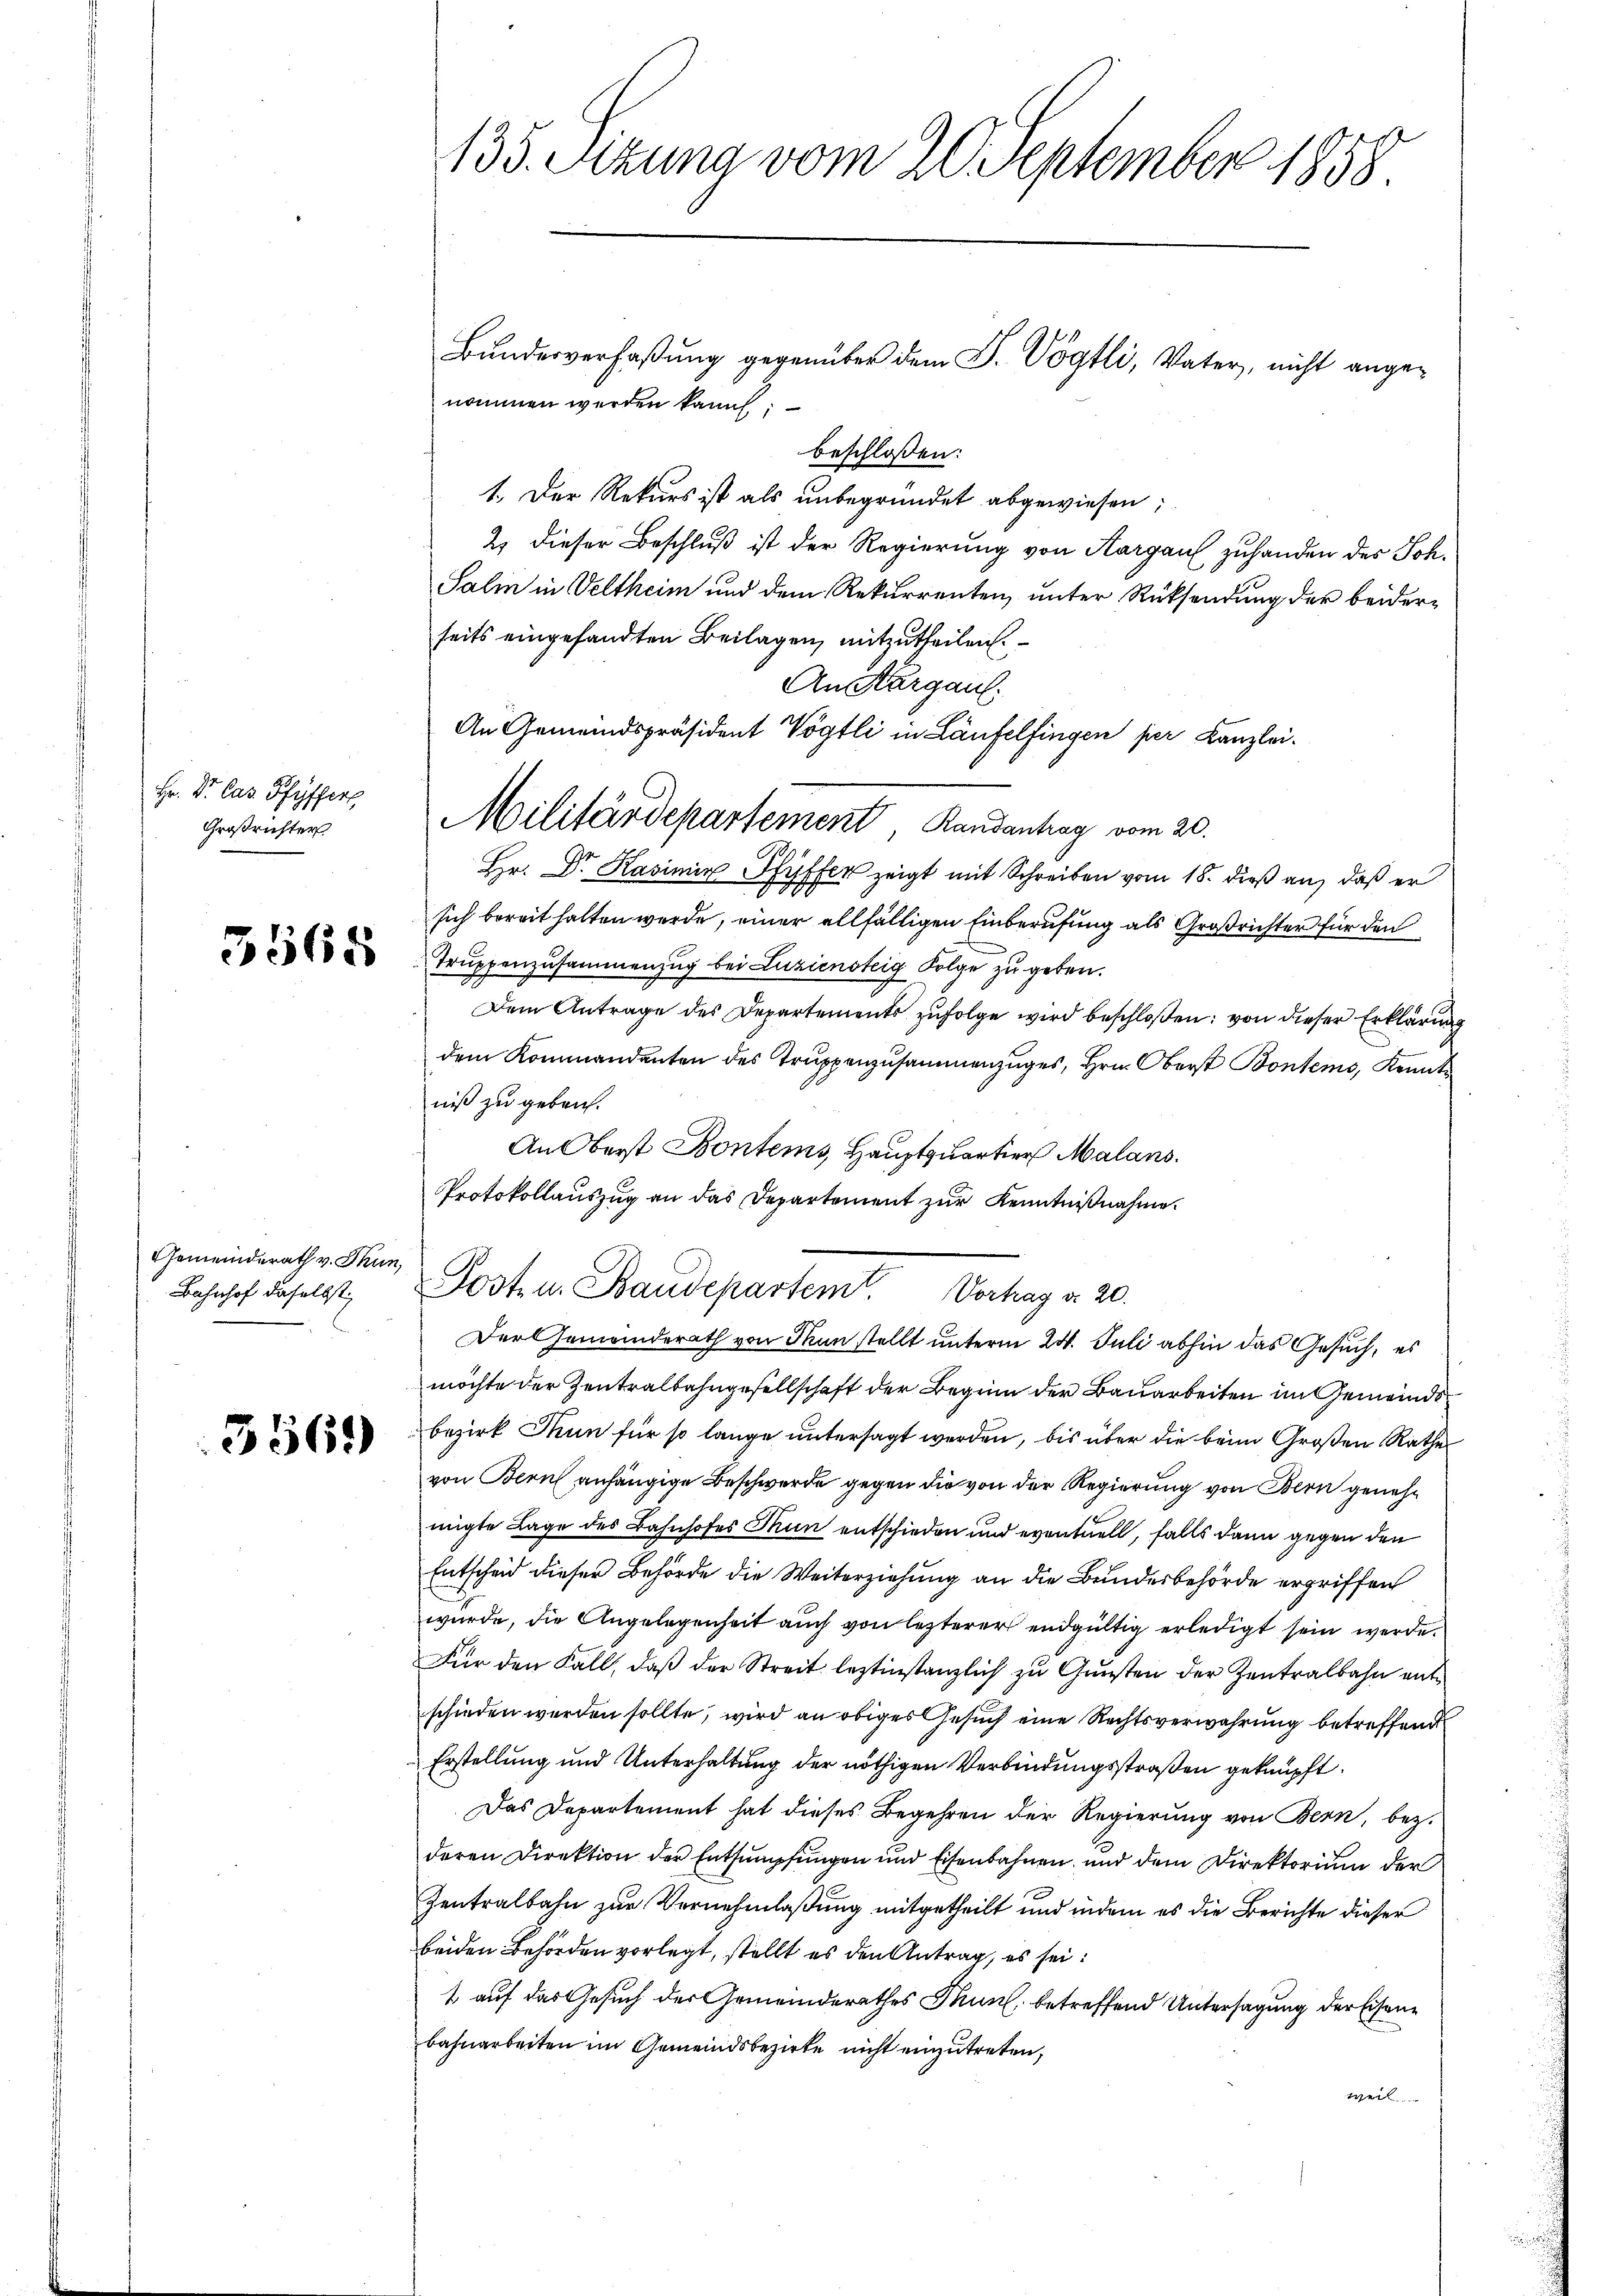
Hr. Dr. Cas. Pfyffers
Großrichter

3365

Gemeinderath v. Thun,
Bahnhof daselbst;

5369

135. Sizung vom 20. September 1858

Bundesverfaßung gegenüber dem S. Vögtli, Vater, nicht angenommen werden kann;
beschlossen:
1. Der Rekurs ist als unbegründet abgewiesen;
2) dieser Beschluß ist der Regierung von Aargau zuhanden des Soh¬
Salin in Veltheim und dem Rekurrenten, unter Rücksendung der beiderseits eingesandten Beilagen, mitzutheilen.
An Thurgau.
Hr. Dr. Kasimir Pfyffer zeigt mit Schreiben vom 18. dieß an, daß er
sich bereit halten werde, einer allfälligen Einberufung als Großrichter für den
Truppenzusammenzug bei Luziensteig Folge zu geben.
Dem Antrage des Departements zŭfolge wird beschloßen: von dieser Erklärung
dem Kommandanten des Truppenzusammenzuges, Hrn. Oberst Bontems, Kennt
niß zu gebrach.
An Oberst Bontems, Hauptquartier Malans.
Protokollauszug an das Departement zur Kenntnißnahme.
Post- u. Baudepartem Vortrag d. 20.
Der Gemeinderath von Man stellt unterm 24. Juli abhin das Gesuch, es
möchte der Zentralbahngesellschaft der Beginn der Bauarbeiten im Gemeindsbezirk Man für so lange untersagt werden, bis über die beim Großen Rathe
von Bern anhängige Beschwerde gegen die von der Regierung von Bern genehmigte Lage des Bahnhofes Thun entschieden und eventuell, falls dann gegen den
Entscheid dieser Behörde die Weiterziehung an die Bundesbehörde ergriffen
wurde, die Angelegenheit auch von lezterer endgültig erledigt sein werde.
Für den Fall, daß der Streit leztinstanzlich zu Gunsten der Zentralbahn entschieden werden sollte, wird an obiges Gesuch eine Rechtsverwahrung betreffend
Erstellung und Unterhaltung der nöthigen Verbindungsstraßen geknüpft.
Das Departement hat dieses Begehren der Regierung von Bern, bez.
deren Direktion der Entsumpfungen und Eisenbahnen und dem Direktorium der
Zentralbahn zur Vernehmlassung mitgetheilt und indem es die Berichte dieser
beiden Behörden vorlegt, stellt es den Antrag, es sei:
t auf das Gesuch der Gemeinderathes Thun, betreffend Untersagung der Eisenbahnarbeiten im Gemeindsbezirke nicht einzutreten,
weil

An Gemeindspräsident Vögtli in Läufelfingen per Kanzlei.
Militärdepartement Randantrag vom 20.